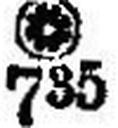
### 735